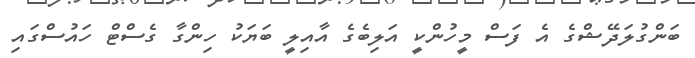
ބަންގުލަދޭޝްގެ އެ ފަސް މީހުންކީ އަލިބެގެ އާއިލީ ބަޔަކު ހިންގާ ގެސްޓް ހައުސްގައި